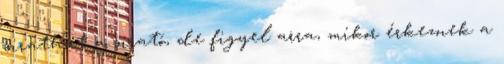
sirathat a sirató, de figyel arra, mikor érkeznek a